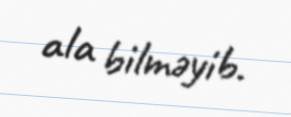
ala bilməyib.